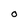
Character: O